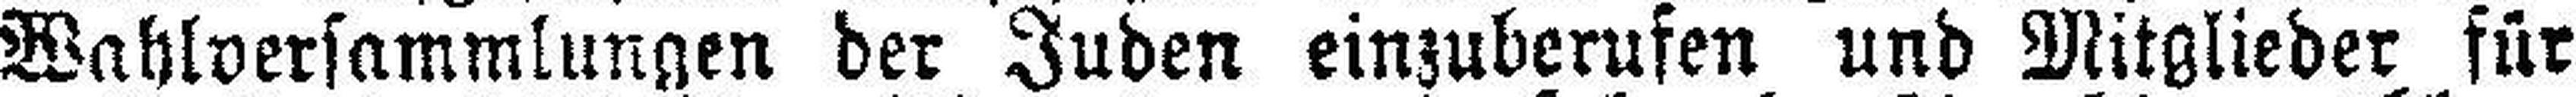
Wahlversammlungen der Juden einzuberufen und Mitglieder für